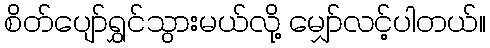
စိတ်ပျော်ရွှင်သွားမယ်လို့ မျှော်လင့်ပါတယ်။